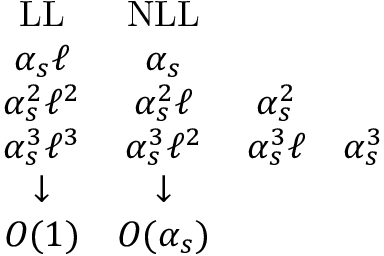
\nonumber \begin{array} { c c c c } { { \mathrm { L L } } } & { { \mathrm { N L L } } } & { { } } & { { } } \\ { { \alpha _ { s } \ell } } & { { \alpha _ { s } } } & { { } } & { { } } \\ { { \alpha _ { s } ^ { 2 } \ell ^ { 2 } } } & { { \alpha _ { s } ^ { 2 } \ell } } & { { \alpha _ { s } ^ { 2 } } } & { { } } \\ { { \alpha _ { s } ^ { 3 } \ell ^ { 3 } } } & { { \alpha _ { s } ^ { 3 } \ell ^ { 2 } } } & { { \alpha _ { s } ^ { 3 } \ell } } & { { \alpha _ { s } ^ { 3 } } } \\ { { \downarrow } } & { { \downarrow } } & { { } } & { { } } \\ { { { \cal O } ( 1 ) } } & { { { \cal O } ( \alpha _ { s } ) } } & { { } } & { { } } \end{array}